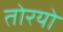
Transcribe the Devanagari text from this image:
तोरयो